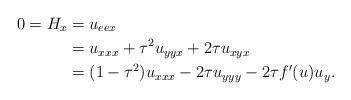
LaTeX: \begin{align*} 0 = H_x = {} & u_{eex} \\ = {} & u_{xxx} + \tau^2 u_{yyx} + 2\tau u_{xyx} \\ = {} & (1-\tau^2) u_{xxx} - 2\tau u_{yyy} - 2\tau f'(u) u_y. \end{align*}